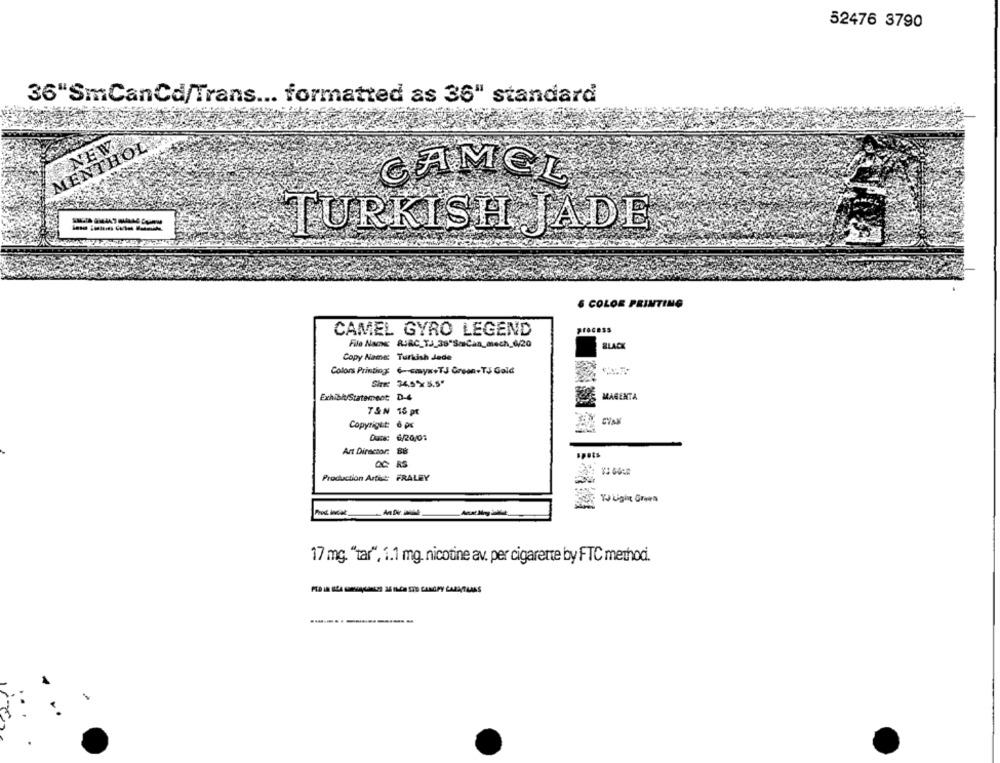
52476 3790
36"SmCanCd/Trans ... formatted as 36" standard
NEW
MENTHOL
CAMEL
TURKISH JADE
6 COLOR PRINTING
CAMEL GYRO LEGEND
process
File Name RURC_TJ_38"SmeCan_mech_6/20
BLACK
Copy Name: Turkish Jede
Colors Printing: 6 soya+TJ Green-TJ Gold
kw 34.5℃ 5.5"
Exhibi/Statement D-4
MAGENTA
T&N 16 pt
Copyright: 6 px
Duse: 6/20/01
Art Director: BB
QC RS
Production Artid: FRALEY
Y Light Green
17 mg. "tar", 1.1 mg. nicotine av. per cigarette by FTC methodi.